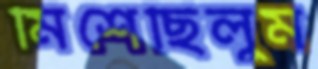
মিশেছিলুম